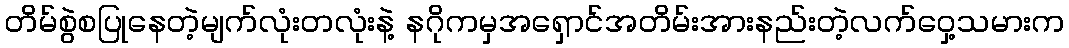
တိမ်စွဲစပြုနေတဲ့မျက်လုံးတလုံးနဲ့ နဂိုကမှအရှောင်အတိမ်းအားနည်းတဲ့လက်ဝှေ့သမားက